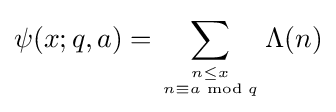
\psi (x;q,a)=\sum _{n\leq x \atop n\equiv a{\bmod {q}}}\Lambda (n)